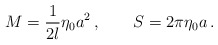
\begin{align*}M = \frac{1}{2l}\eta_0 a^2\,, \qquad S = 2\pi \eta_0 a\,. \end{align*}